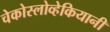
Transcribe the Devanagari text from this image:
चेकोस्लोव्हेकियानी